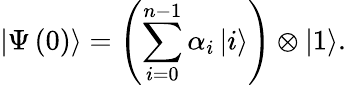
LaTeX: \left|\Psi\left(0\right)\right\rangle=\left(\sum_{i=0}^{n-1}\alpha_{i}\left|i\right\rangle\right)\otimes\left|1\right\rangle.